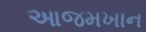
આજમખાન